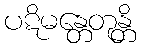
ပဋိမန္တေတုန္တိ